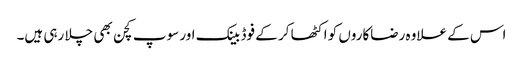
اس کے علاوہ رضاکاروں کو اکٹھا کر کے فوڈ بینک اور سوپ کچن بھی چلا رہی ہیں۔